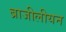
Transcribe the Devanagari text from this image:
ब्राजीलीयन